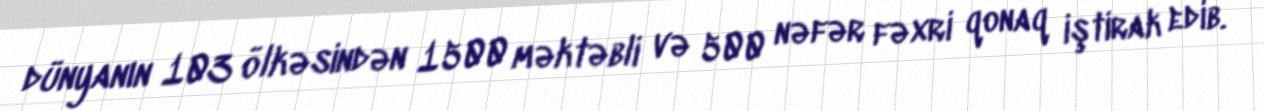
dünyanın 103 ölkəsindən 1500 məktəbli və 500 nəfər fəxri qonaq iştirak edib.